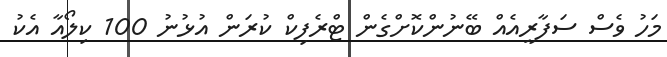
މަހު ވެސް ސަފާރީއެއް ބޭނުންކޮށްގެން ޓްރެފިކް ކުރަން އުޅުނު 100 ކިލޯއާ އެކު